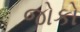
જોકો